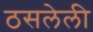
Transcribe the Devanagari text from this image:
ठसलेली